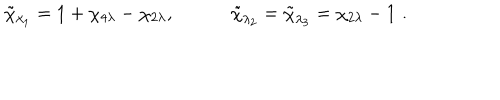
LaTeX: \tilde { \chi } _ { \lambda _ { 1 } } = 1 + \chi _ { 4 \lambda } - \chi _ { 2 \lambda } , \quad \qquad \tilde { \chi } _ { \lambda _ { 2 } } = \tilde { \chi } _ { \lambda _ { 3 } } = \chi _ { 2 \lambda } - 1 { \, \, } .